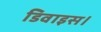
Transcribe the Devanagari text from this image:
डिवाइस।